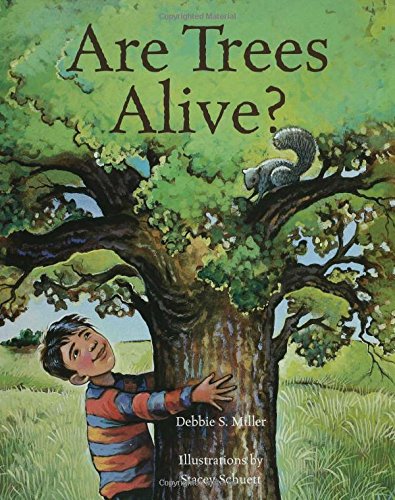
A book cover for Are Trees Alive?; Debbie S. Miller; Children's Books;